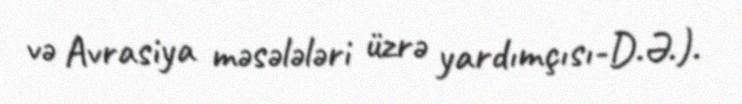
və Avrasiya məsələləri üzrə yardımçısı-D.Ə.).